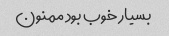
بسیار خوب بود ممنون